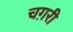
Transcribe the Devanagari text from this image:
चग़री